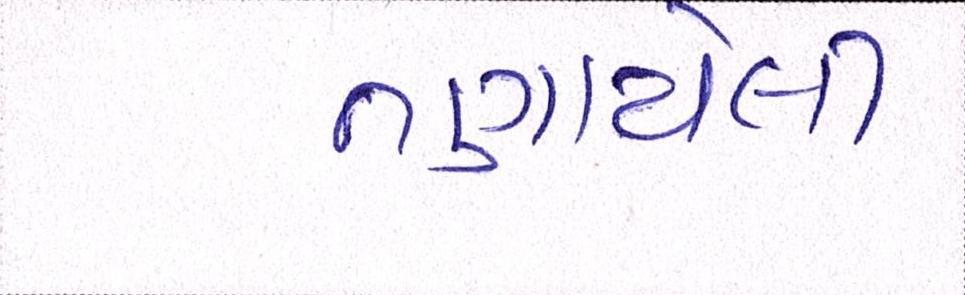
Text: તણાયેલી